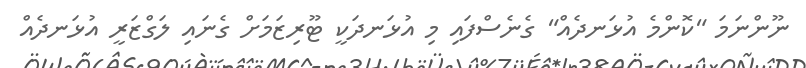
ނޫންނަމަ "ކޮންމެ އުޅަނދެއް" ގެނެސްފައި މި އުޅަނދަކީ ޓޫރިޒަމަށް ގެނައި ލަގްޒަރީ އުޅަނދެއް